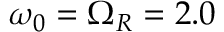
\omega _ { 0 } = \Omega _ { R } = 2 . 0